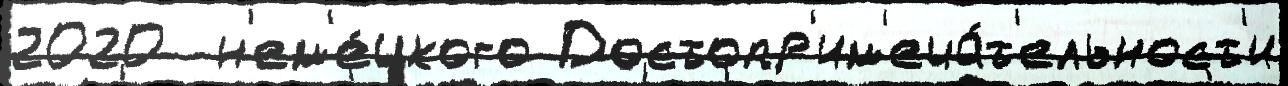
2020  н'ем'е́цкого Достопр'им'еча́т'ельност'и